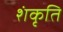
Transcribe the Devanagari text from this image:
शंकृति